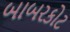
બાબરકોટ